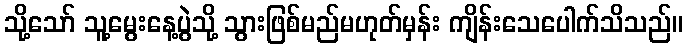
သို့သော် သူ့မွေးနေ့ပွဲသို့ သွားဖြစ်မည်မဟုတ်မှန်း ကျိန်းသေပေါက်သိသည်။